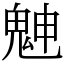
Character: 䰠